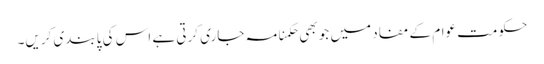
حکومت عوام کے مفاد میں جو بھی حکمنامہ جاری کرتی ہے اس کی پابندی کریں۔